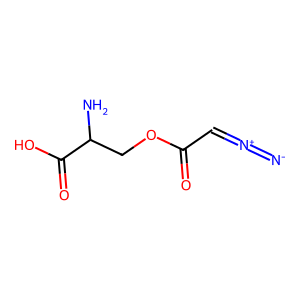
SMILES: [N-]=[N+]=CC(=O)OCC(N)C(=O)O
Inhibits HIV replication: No